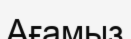
Ағамыз